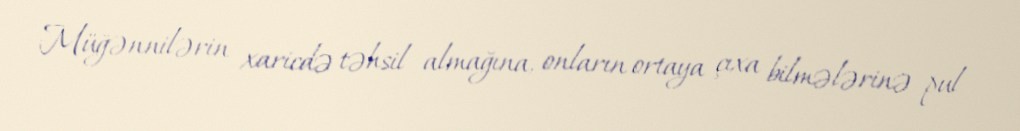
Müğənnilərin xaricdə təhsil almağına, onların ortaya çıxa bilmələrinə pul